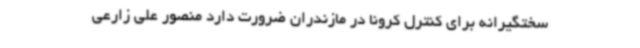
سختگیرانه برای کنترل کرونا در مازندران ضرورت دارد منصور علی زارعی